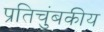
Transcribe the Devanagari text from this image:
प्रतिचुंबकीय